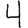
Digit: 4